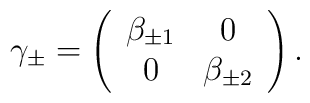
\gamma_\pm = \left( \begin{array}{cc}\beta_{\pm 1} & 0 \\0 & \beta_{\pm 2}\end{array} \right).